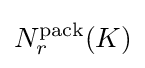
N_{r}^{\text{pack}}(K)